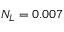
N _ { L } = 0 . 0 0 7